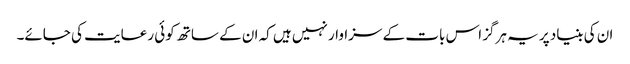
ان کی بنیاد پر یہ ہرگز اس بات کے سزاوار نہیں ہیں کہ ان کے ساتھ کوئی رعایت کی جائے۔